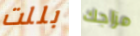
بللت مزاجك